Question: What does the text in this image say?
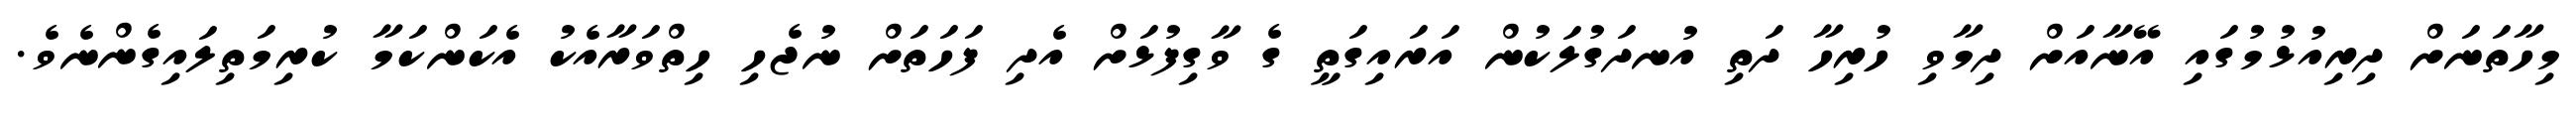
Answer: މިހާތަނަށް ދިރިއުޅުމުގައި އޭނާއަށް ދިމާވި ހުރިހާ ދަތި އުނދަގުލަކުން އަރައިގަތީ ގެ ވާގިފުޅަށް އެދި ފަހަތަށް ނުޖެހި ހިތްވަރާއެކު އެކަންކަމާ ކުރިމަތިލައިގެންނެވެ.